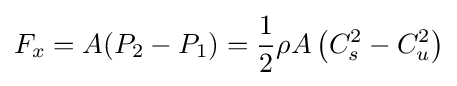
F_{x}=A(P_{2}-P_{1})={\frac {1}{2}}\rho A\left(C_{s}^{2}-C_{u}^{2}\right)